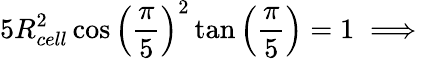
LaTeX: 5R_{cell}^{2}\cos\left(\frac{\pi}{5}\right)^{2}\tan\left(\frac{\pi}{5}\right)=1\implies